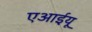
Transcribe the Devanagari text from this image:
एआईयू